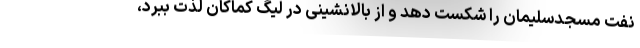
نفت مسجدسلیمان را شکست دهد و از بالانشینی در لیگ کماکان لذت ببرد،